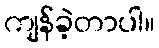
ကျန်ခဲ့တာပါ။